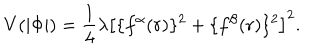
LaTeX: V ( | \Phi | ) = \frac { 1 } { 4 } \lambda \left[ \{ f ^ { \alpha } ( r ) \} ^ { 2 } + \{ f ^ { \beta } ( r ) \} ^ { 2 } \right] ^ { 2 } .